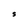
Character: S